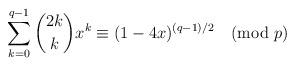
LaTeX: \begin{align*}\sum_{k=0}^{q-1}\binom{2k}{k}x^k\equiv(1-4x)^{(q-1)/2}\pmod{p}\end{align*}